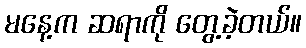
မနေ့က ဆရာကို တွေ့ခဲ့တယ်။